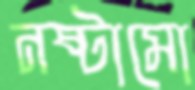
নষ্টামো